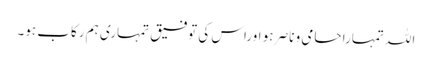
اللہ تمہارا حامی و ناصر ہو اوراس کی توفیق تمہاری ہم رکاب ہو۔